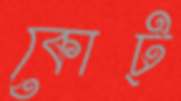
কোট্‌